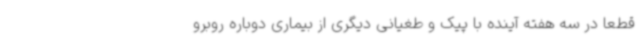
قطعا در سه هفته آینده با پیک و طغیانی دیگری از بیماری دوباره روبرو